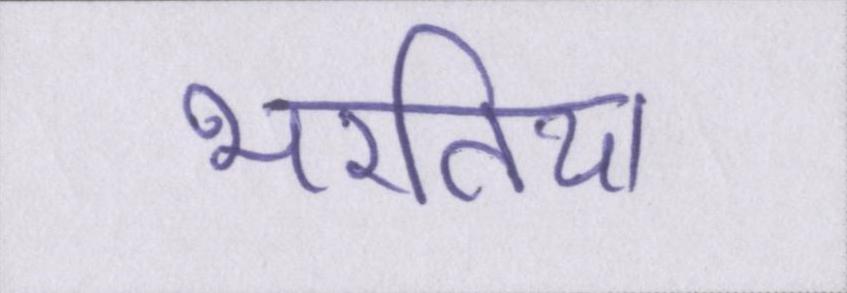
भरतिया